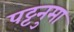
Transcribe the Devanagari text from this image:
पट्टनुमा